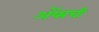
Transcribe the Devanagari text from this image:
ॲप्सची